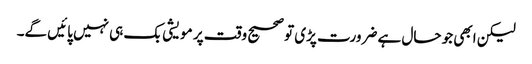
لیکن ابھی جو حال ہے ضرورت پڑی تو صحیح وقت پر مویشی بک ہی نہیں پائیں گے۔